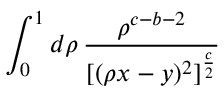
\int _ { 0 } ^ { 1 } d \rho \, \frac { \rho ^ { c - b - 2 } } { [ ( \rho x - y ) ^ { 2 } ] ^ { \frac { c } { 2 } } }